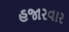
હજારવાર